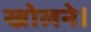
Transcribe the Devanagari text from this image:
खोलने।